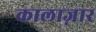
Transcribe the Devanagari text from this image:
कालाज़ार